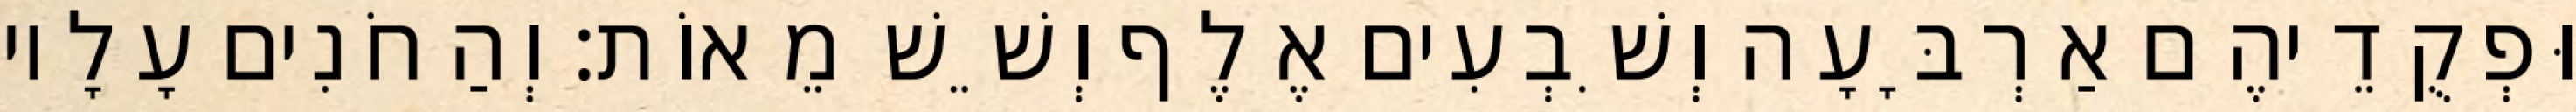
וּפְקֻדֵיהֶם אַרְבָּעָה וְשִׁבְעִים אֶלֶף וְשֵׁשׁ מֵאוֹת׃ וְהַחֹנִים עָלָיו